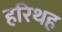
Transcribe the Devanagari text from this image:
हरिथह